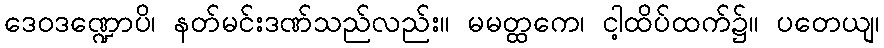
ဒေဝဒဏ္ဍောပိ၊ နတ်မင်းဒဏ်သည်လည်း။ မမတ္ထကေ၊ ငါ့ထိပ်ထက်၌။ ပတေယျ၊